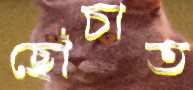
ছোঁচাত